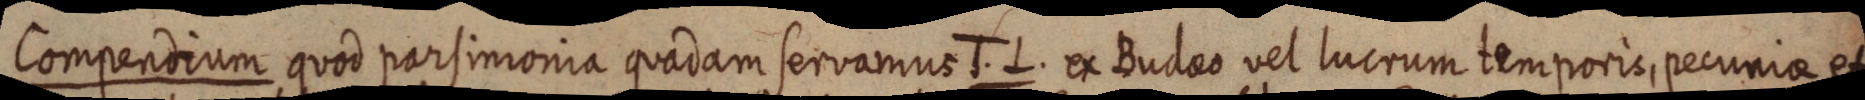
Compendium quod parsimonia quadam servamus T. L. ex Budaeo vel lucrum temporis, pecuniae et